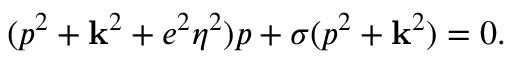
( p ^ { 2 } + { \bf k } ^ { 2 } + e ^ { 2 } \eta ^ { 2 } ) p + \sigma ( p ^ { 2 } + { \bf k } ^ { 2 } ) = 0 .